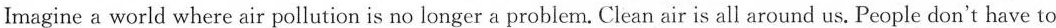
Imagine a world where air pollution is no longer a problem. Clean air is all around us. People don't have to